Vaccination in the Punjab 1897-1904 - 1897-1904
Year: 1897
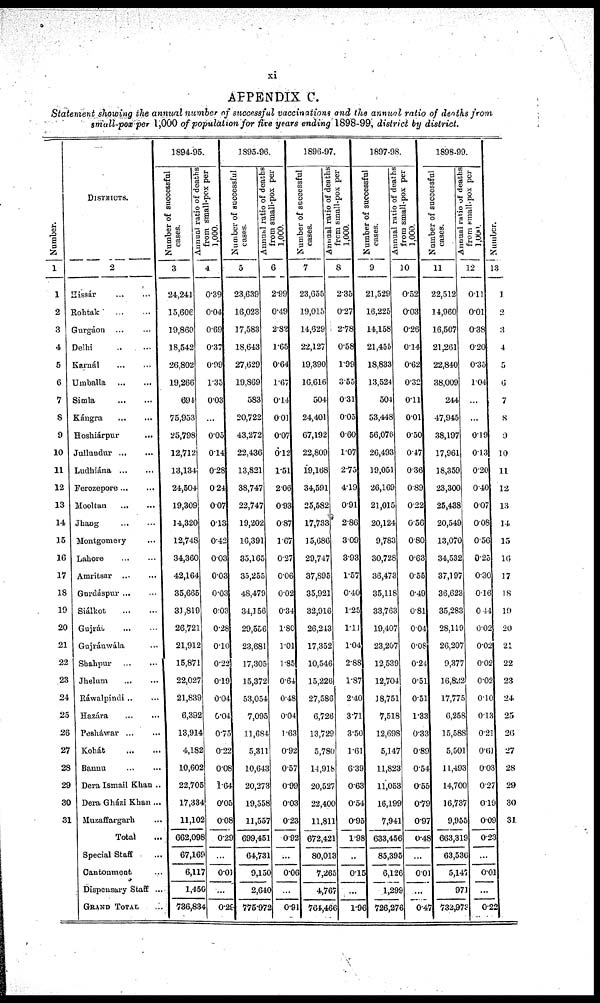
xi
APPENDIX C.
Statement showing the annual number of successful vaccinations and the annual ratio of deaths from
small-pox per 1,000 of population for five years ending 1898-99, district by district.
Number.
1
1
2
3
4
5
6
7
8
9
10
11
12
13
14
15
16
17
18
19
20
21
22
23
24
25
26
27
28
29
30
31
DISTRICTS.
2
Hissár
...
...
Rohtak ... ...
Gurgáon ... ...
Delhi
...
...
Karnál ... ...
Umballa
...
...
Simla
...
...
Kángra
...
...
Hoshiárpur ...
Jullundnr
...
...
Ludhiána ... ...
Ferozepore ... ...
Mooltan ... ...
Jhang
...
...
Montgomery ...
Lahore
...
...
Amritsar
...
...
Gurdáspur ... ...
Siálkot ... ...
Gujrát
...
...
Gujránwála ...
Shahpur
...
...
Jhelum ... ...
Ráwalpindi ... ...
Hazára
...
...
Pesháwar ... ...
Kohát ... ...
Bannu ... ...
Dera Ismail Khan ..
Dera Gházi Khan ...
Muzaffargarh ...
Total ...
Special Staff ...
Cantonment ...
Dispensary Staff ..
GRAND TOTAL ...
1894-95.
Number of successful
cases.
3
24,241
15,606
19,860
18,542
26,802
19,266
694
75,953
25,798
12,712
13,134
24,504
19,309
14,320
12,748
34,360
42,164
35,665
31,819
26,721
21,912
15,871
22,027
21,839
6,392
13,914
4,182
10,602
22,705
17,334
11,102
662,098
67,169
6,117
1,450
736,834
Annual ratio of deaths
from small-pox per
1.000.
4
0.39
0.04
0.69
0.37
0.99
1.35
0.03
...
0.05
0.14
0.28
0.24
0.07
0.13
0.42
0.03
0.03
0.03
0.03
0.28
0.10
0.22
0.19
0.04
0.04
0.75
0.22
0.08
1.64
0.05
0.08
0.29
...
0.01
...
0.28
1895-96.
Number of successful
cases.
5
23,639
16,023
17,583
18,643
27,629
19,869
583
20,722
43,272
22,436
13,821
38,747
22,747
19,202
16,391
35,165
35,255
48,479
34,156
29,556
23,681
17,305
15,372
53,054
7,095
11,684
5,311
10,643
20,273
19,558
11,557
699,451
64,731
9,150
2,640
775.972
Annual ratio of deaths
from small-pox per
1.000.
6
2.99
0.49
2.82
1.65
0.64
1.67
0.14
0.01
0.07
0.12
1.51
2.06
0.93
0.87
1.67
0.27
0.06
0.02
0.34
1.80
1.01
1.85
0.64
0.48
0.04
1.63
0.92
0.57
0.99
0.03
0.23
0.92
...
0.06
...
0.91
1896-97.
Number of successful
cases.
7
23,655
19,015
14,629
22,127
19,390
16,616
504
24,401
67,192
22,809
19,168
34,591
25,582
17,733
15,686
29,747
37,895
35,921
32,916
26,243
17,352
10,546
15,226
27,586
6,726
13,729
5,780
14,918
20,527
22,400
11,811
672,421
80,013
7,265
4,767
764,466
Annual ratio of deaths
from small-pox per
1.000.
8
2.35
0.27
2.78
0.58
1.99
3.55
0.31
0.05
0.60
1.07
2.75
4.19
0.91
2.86
3.09
3.93
1.57
0.40
1.25
1.11
1.04
2.88
1.87
2.40
3.71
3.50
1.61
6.39
0.63
0.54
0.95
1.98
...
0.15
...
1.96
1897-98.
Number of successful
cases.
9
21,529
16,225
14,158
21,455
18,833
13,524
504
53,448
56,076
26,493
19,051
26,169
21,015
20,124
9,783
30,728
36,473
35,118
33,763
19,407
23,207
12,539
12,704
18,751
7,518
12,698
5,147
11,823
11,053
16,199
7,941
633,456
85,395
6,126
1,299
726,276
Annual ratio of deaths
from small-pox per
1.000.
10
0.52
0.03
0.26
0.14
0.62
0.32
0.11
0.01
0.50
0.47
0.36
0.89
0.22
0.56
0.80
0.63
0.55
0.49
0.81
0.04
0.08
0.24
0.51
0.51
1.33
0.33
0.89
0.54
0.55
0.79
0.97
0.48
...
0.01
...
0.47
1898-99.
Number of successful
cases.
11
22,512
14,960
16,507
21,261
22,840
38,009
244
47,945
38,197
17,961
18,359
23,300
25,438
20,549
13,070
34,532
37,197
36,623
35,283
28,119
26,207
9,377
16,822
17,775
6,258
15,588
5,501
11,493
14,700
16,737
9,955
663,319
63,536
5,147
971
732,973
Annual ratio of deaths
from small-pox per
1.000.
12
0.11
0.01
0.38
0.20
0.35
1.04
...
...
0.19
0.13
0.20
0.40
0.07
0.08
0.56
0.25
0.30
0.16
0.44
0.02
0.02
0.02
0.02
0.10
0.13
0.21
0.61
0.03
0.27
0.19
0.09
0.23
...
0.01
...
0.22
Number
13
1
2
3
4
5
6
7
8
9
10
11
12
13
14
15
16
17
18
19
20
21
22
23
24
25
26
27
28
29
30
31